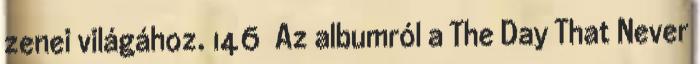
zenei világához. 146 Az albumról a The Day That Never